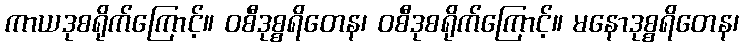
ကာယဒုစရိုက်ကြောင့်။ ဝစီဒုစ္စရိတေန၊ ဝစီဒုစရိုက်ကြောင့်။ မနောဒုစ္စရိတေန၊